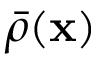
\bar { \rho } ( { \bf x } )